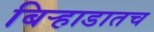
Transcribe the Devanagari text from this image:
बिऱ्हाडातच